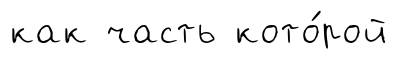
как часть кото́рой